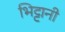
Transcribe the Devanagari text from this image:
भिट्टानी